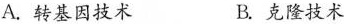
A.转基因技术 B.克隆技术